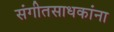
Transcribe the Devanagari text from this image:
संगीतसाधकांना